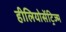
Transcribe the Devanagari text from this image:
हीलियोसेंट्रिज्म